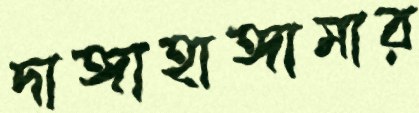
দাঙ্গাহাঙ্গামার